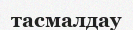
тасмалдау